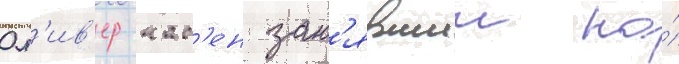
Ол'ив'ер нас'ен зан'явшии на́